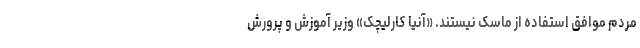
مردم موافق استفاده از ماسک نیستند. «آنیا کارلیچک» وزیر آموزش و پرورش